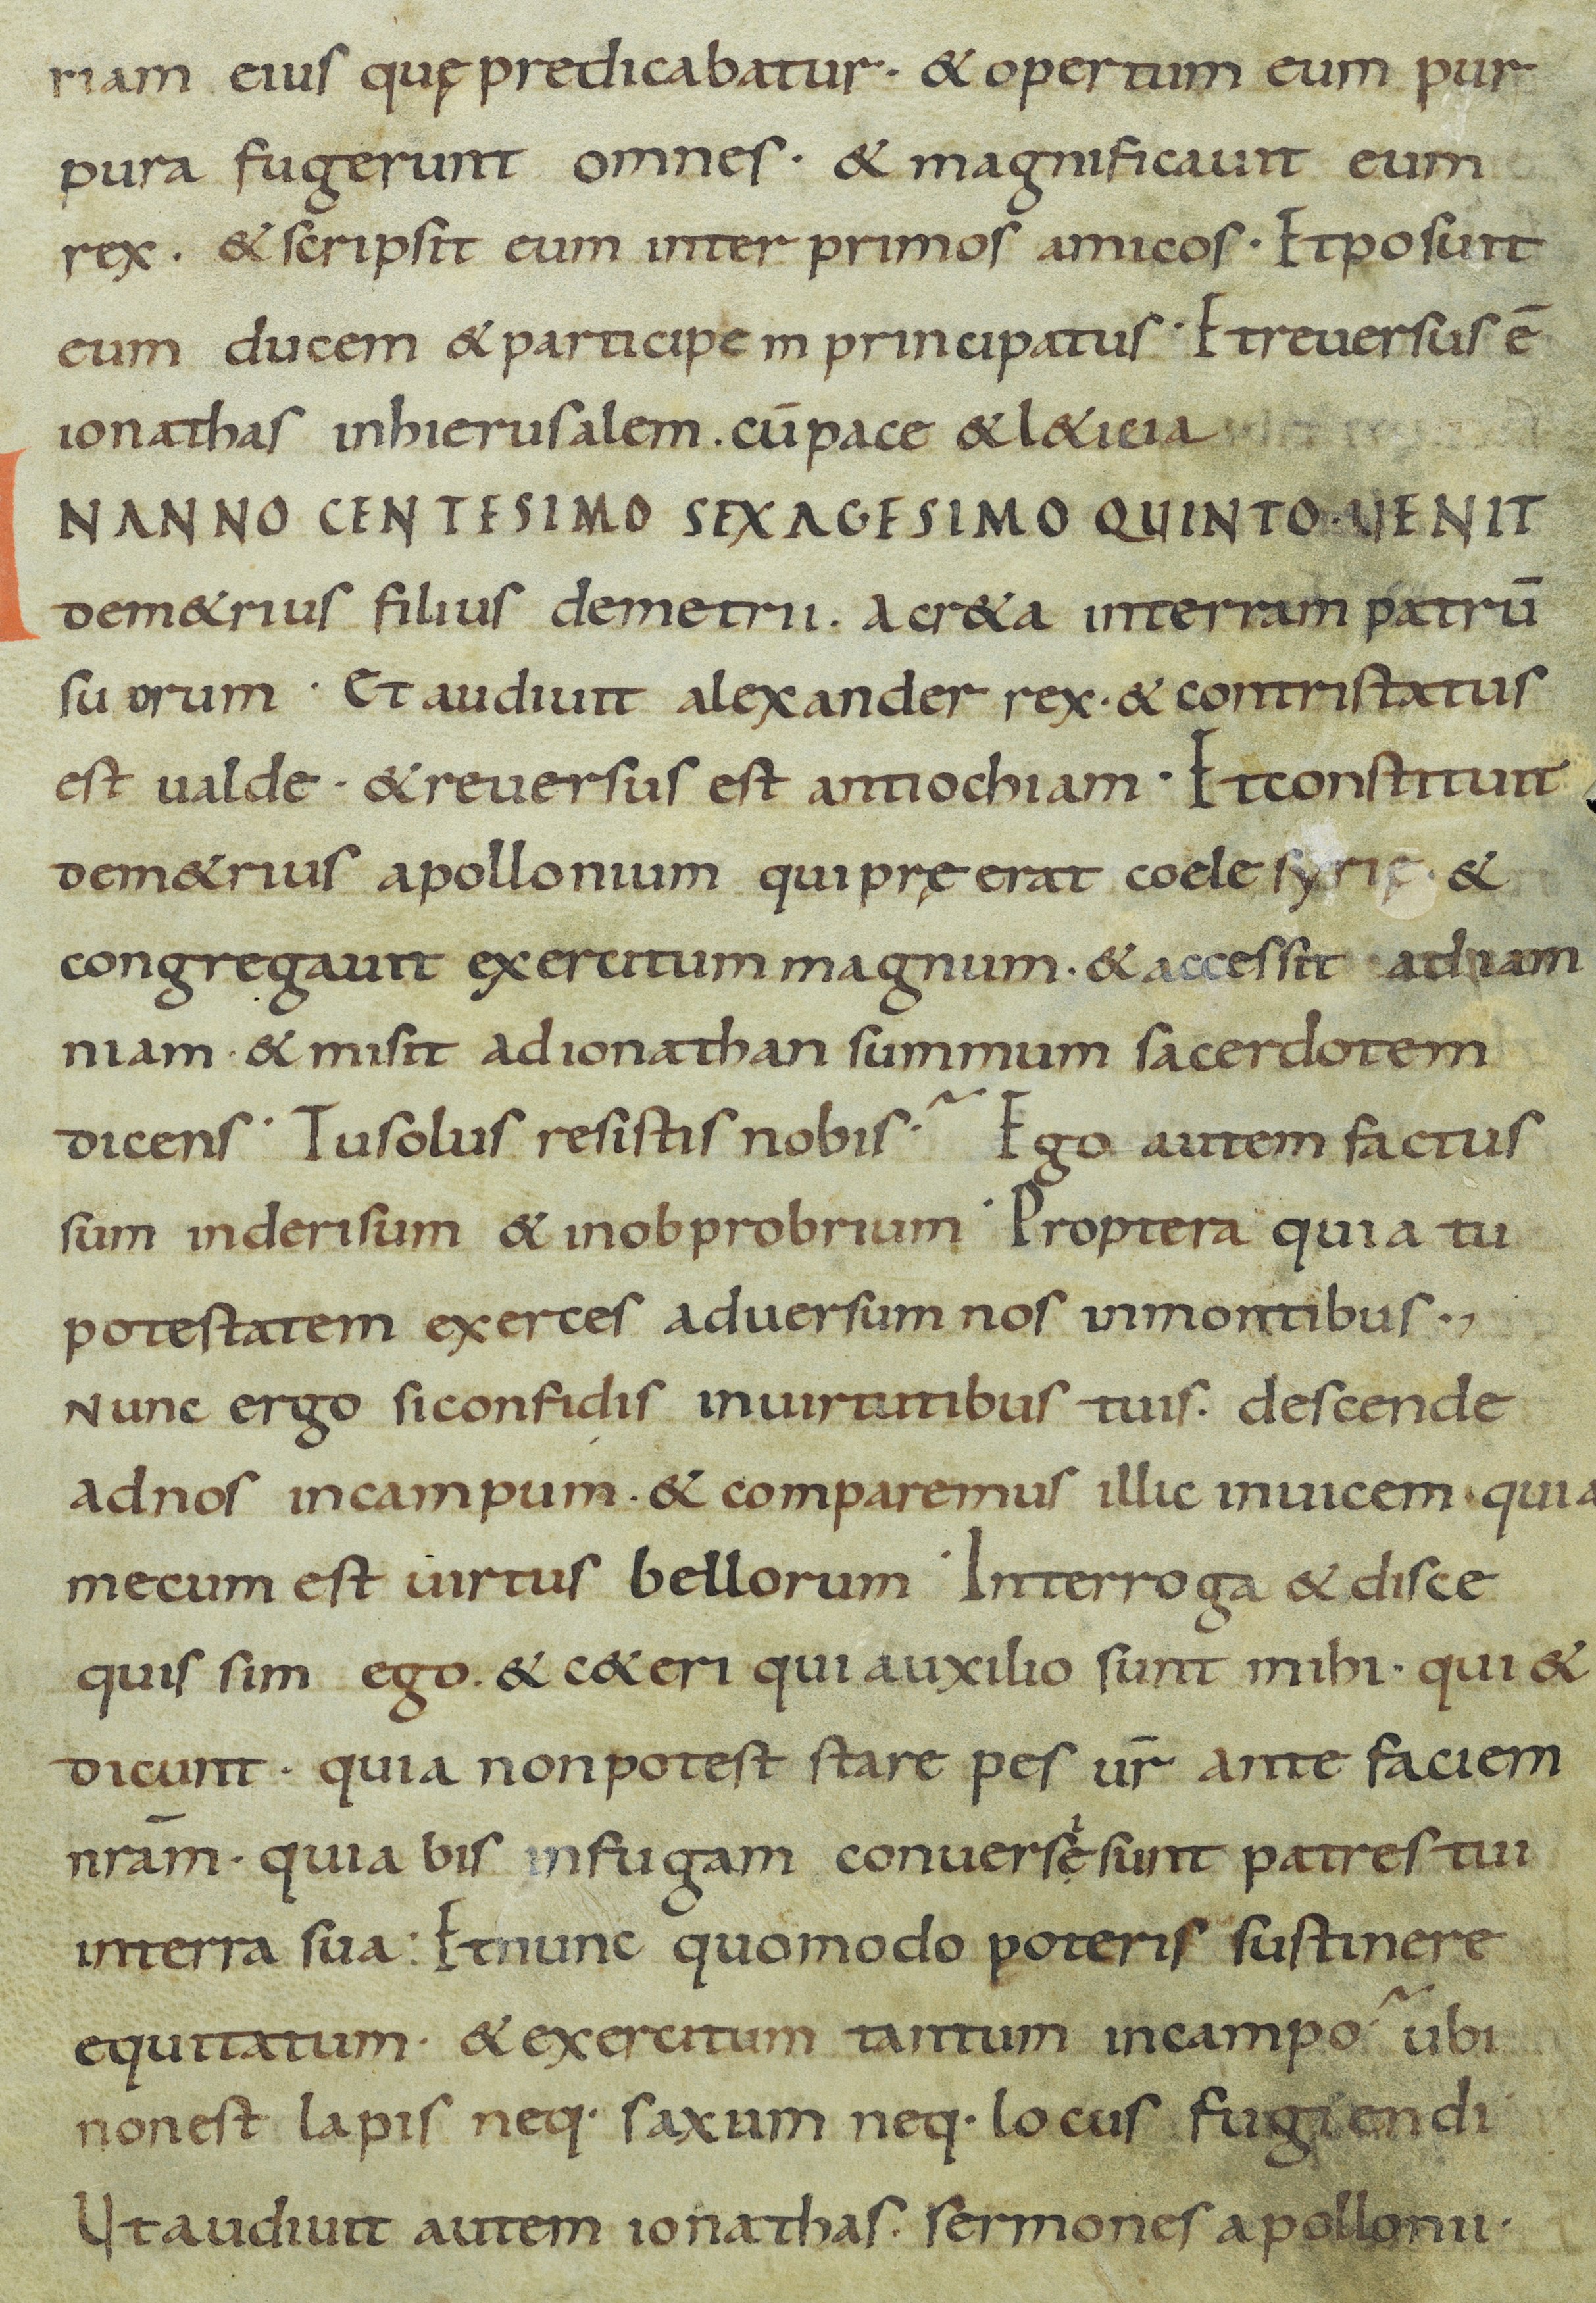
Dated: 800–899